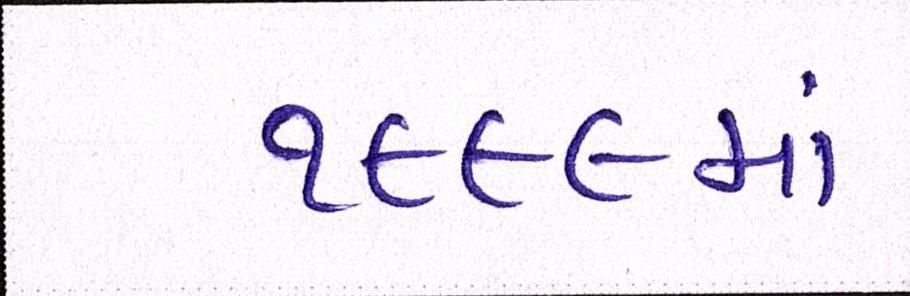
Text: ૧૯૯૯માં